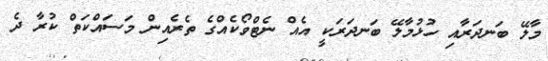
މާލޭ ބަނދަރާއި ހުޅުމާލޭ ބަނދަރަކީ އެއް ނެޓްވޯކެއްގެ ތެރެއިން މަސައްކަތް ކުރާ ދެ